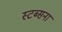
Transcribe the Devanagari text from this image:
स्टब्सना